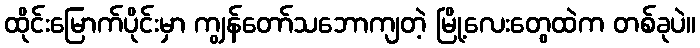
ထိုင်းမြောက်ပိုင်းမှာ ကျွန်တော်သဘောကျတဲ့ မြို့လေးတွေထဲက တစ်ခုပဲ။